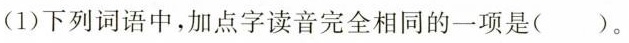
(1) 下列词语中，加点字读音完全相同的一项是( )。